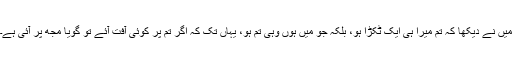
میں نے دیکھا کہ تم میرا ہی ایک ٹکڑا ہو، بلکہ جو میں ہوں وہی تم ہو، یہاں تک کہ اگر تم پر کوئی آفت آئے تو گویا مجھ پر آئی ہے۔